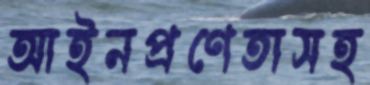
আইনপ্রণেতাসহ